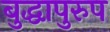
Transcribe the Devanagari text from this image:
बुद्धापुरुप